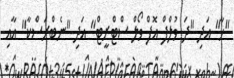
"ހާ" އަދި "ދަ ވުލްފް އޮފް ވޯލް ސްޓްރީޓް" އަދި "ނެބްރަސްކާ" އާއި